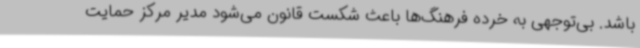
باشد. بی‌توجهی به خرده فرهنگ‌ها باعث شکست قانون می‌شود مدیر مرکز حمایت